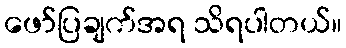
ဖော်ပြချက်အရ သိရပါတယ်။